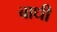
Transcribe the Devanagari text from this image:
बाधी